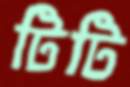
টিটি